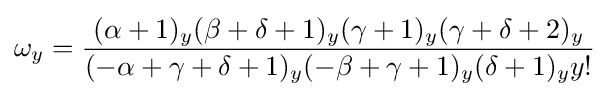
\omega _{y}={\frac {(\alpha +1)_{y}(\beta +\delta +1)_{y}(\gamma +1)_{y}(\gamma +\delta +2)_{y}}{(-\alpha +\gamma +\delta +1)_{y}(-\beta +\gamma +1)_{y}(\delta +1)_{y}y!}}